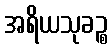
အရိယသုခဉ္စ